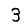
Digit: 3